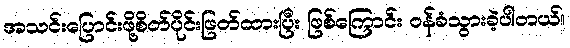
အသင်းပြောင်းဖို့စိတ်ပိုင်းဖြတ်ထားပြီး ဖြစ်ကြောင်း ဝန်ခံသွားခဲ့ပါတယ်။